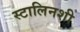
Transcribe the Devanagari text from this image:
स्टालिनशी